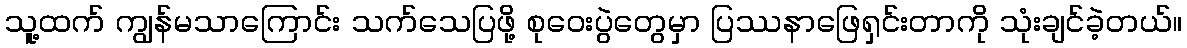
သူ့ထက် ကျွန်မသာကြောင်း သက်သေပြဖို့ စုဝေးပွဲတွေမှာ ပြဿနာဖြေရှင်းတာကို သုံးချင်ခဲ့တယ်။